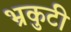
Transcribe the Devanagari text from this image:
भ्रकुटी